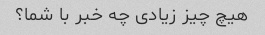
هیچ چیز زیادی چه خبر با شما؟